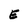
Character: E